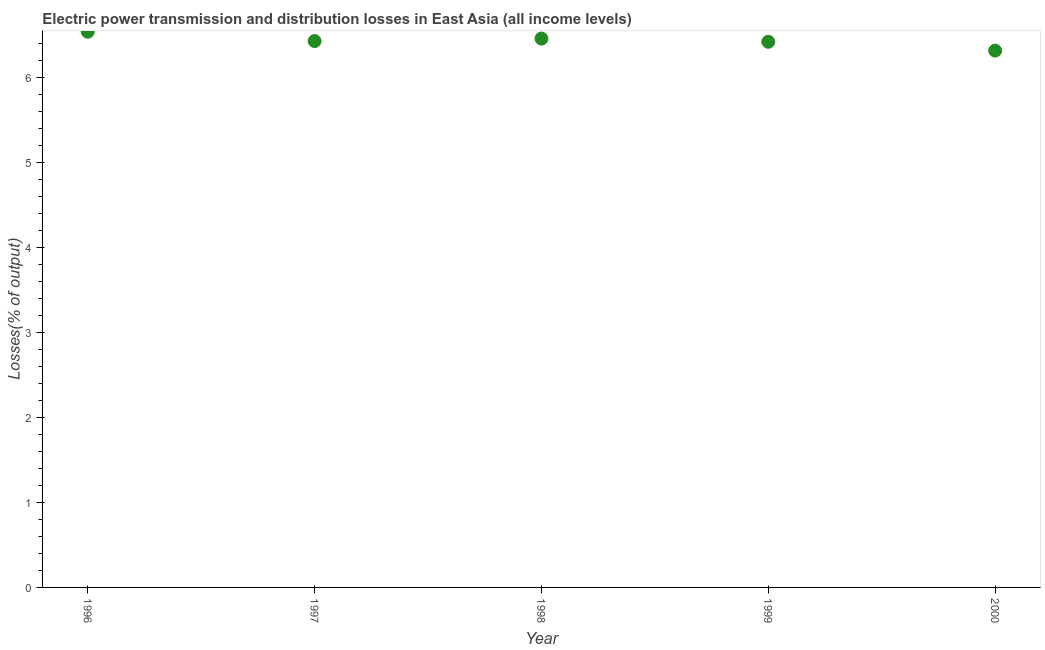
| Year | Electric power transmission and distribution losses |
 | --- | --- |
 | 1996 | 6.54 |
 | 1997 | 6.43 |
 | 1998 | 6.46 |
 | 1999 | 6.42 |
 | 2000 | 6.32 |